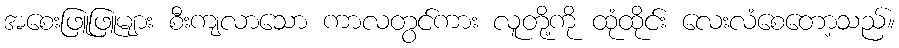
အစေးဖြူဖြူများ စီးကျလာသော ကာလတွင်ကား လူတို့ကို ထုံထိုင်း လေးလံစေတော့သည်။